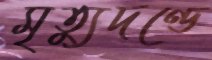
মৃত্যুদণ্ডে